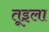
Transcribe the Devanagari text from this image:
तूइला